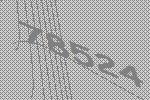
78524